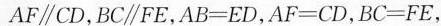
AF//CD,BC/FE,AB=ED,AF=CD,BC=FE,